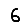
Digit: 6